Kaarli_(Someru)_vallavalitsus, lk 9
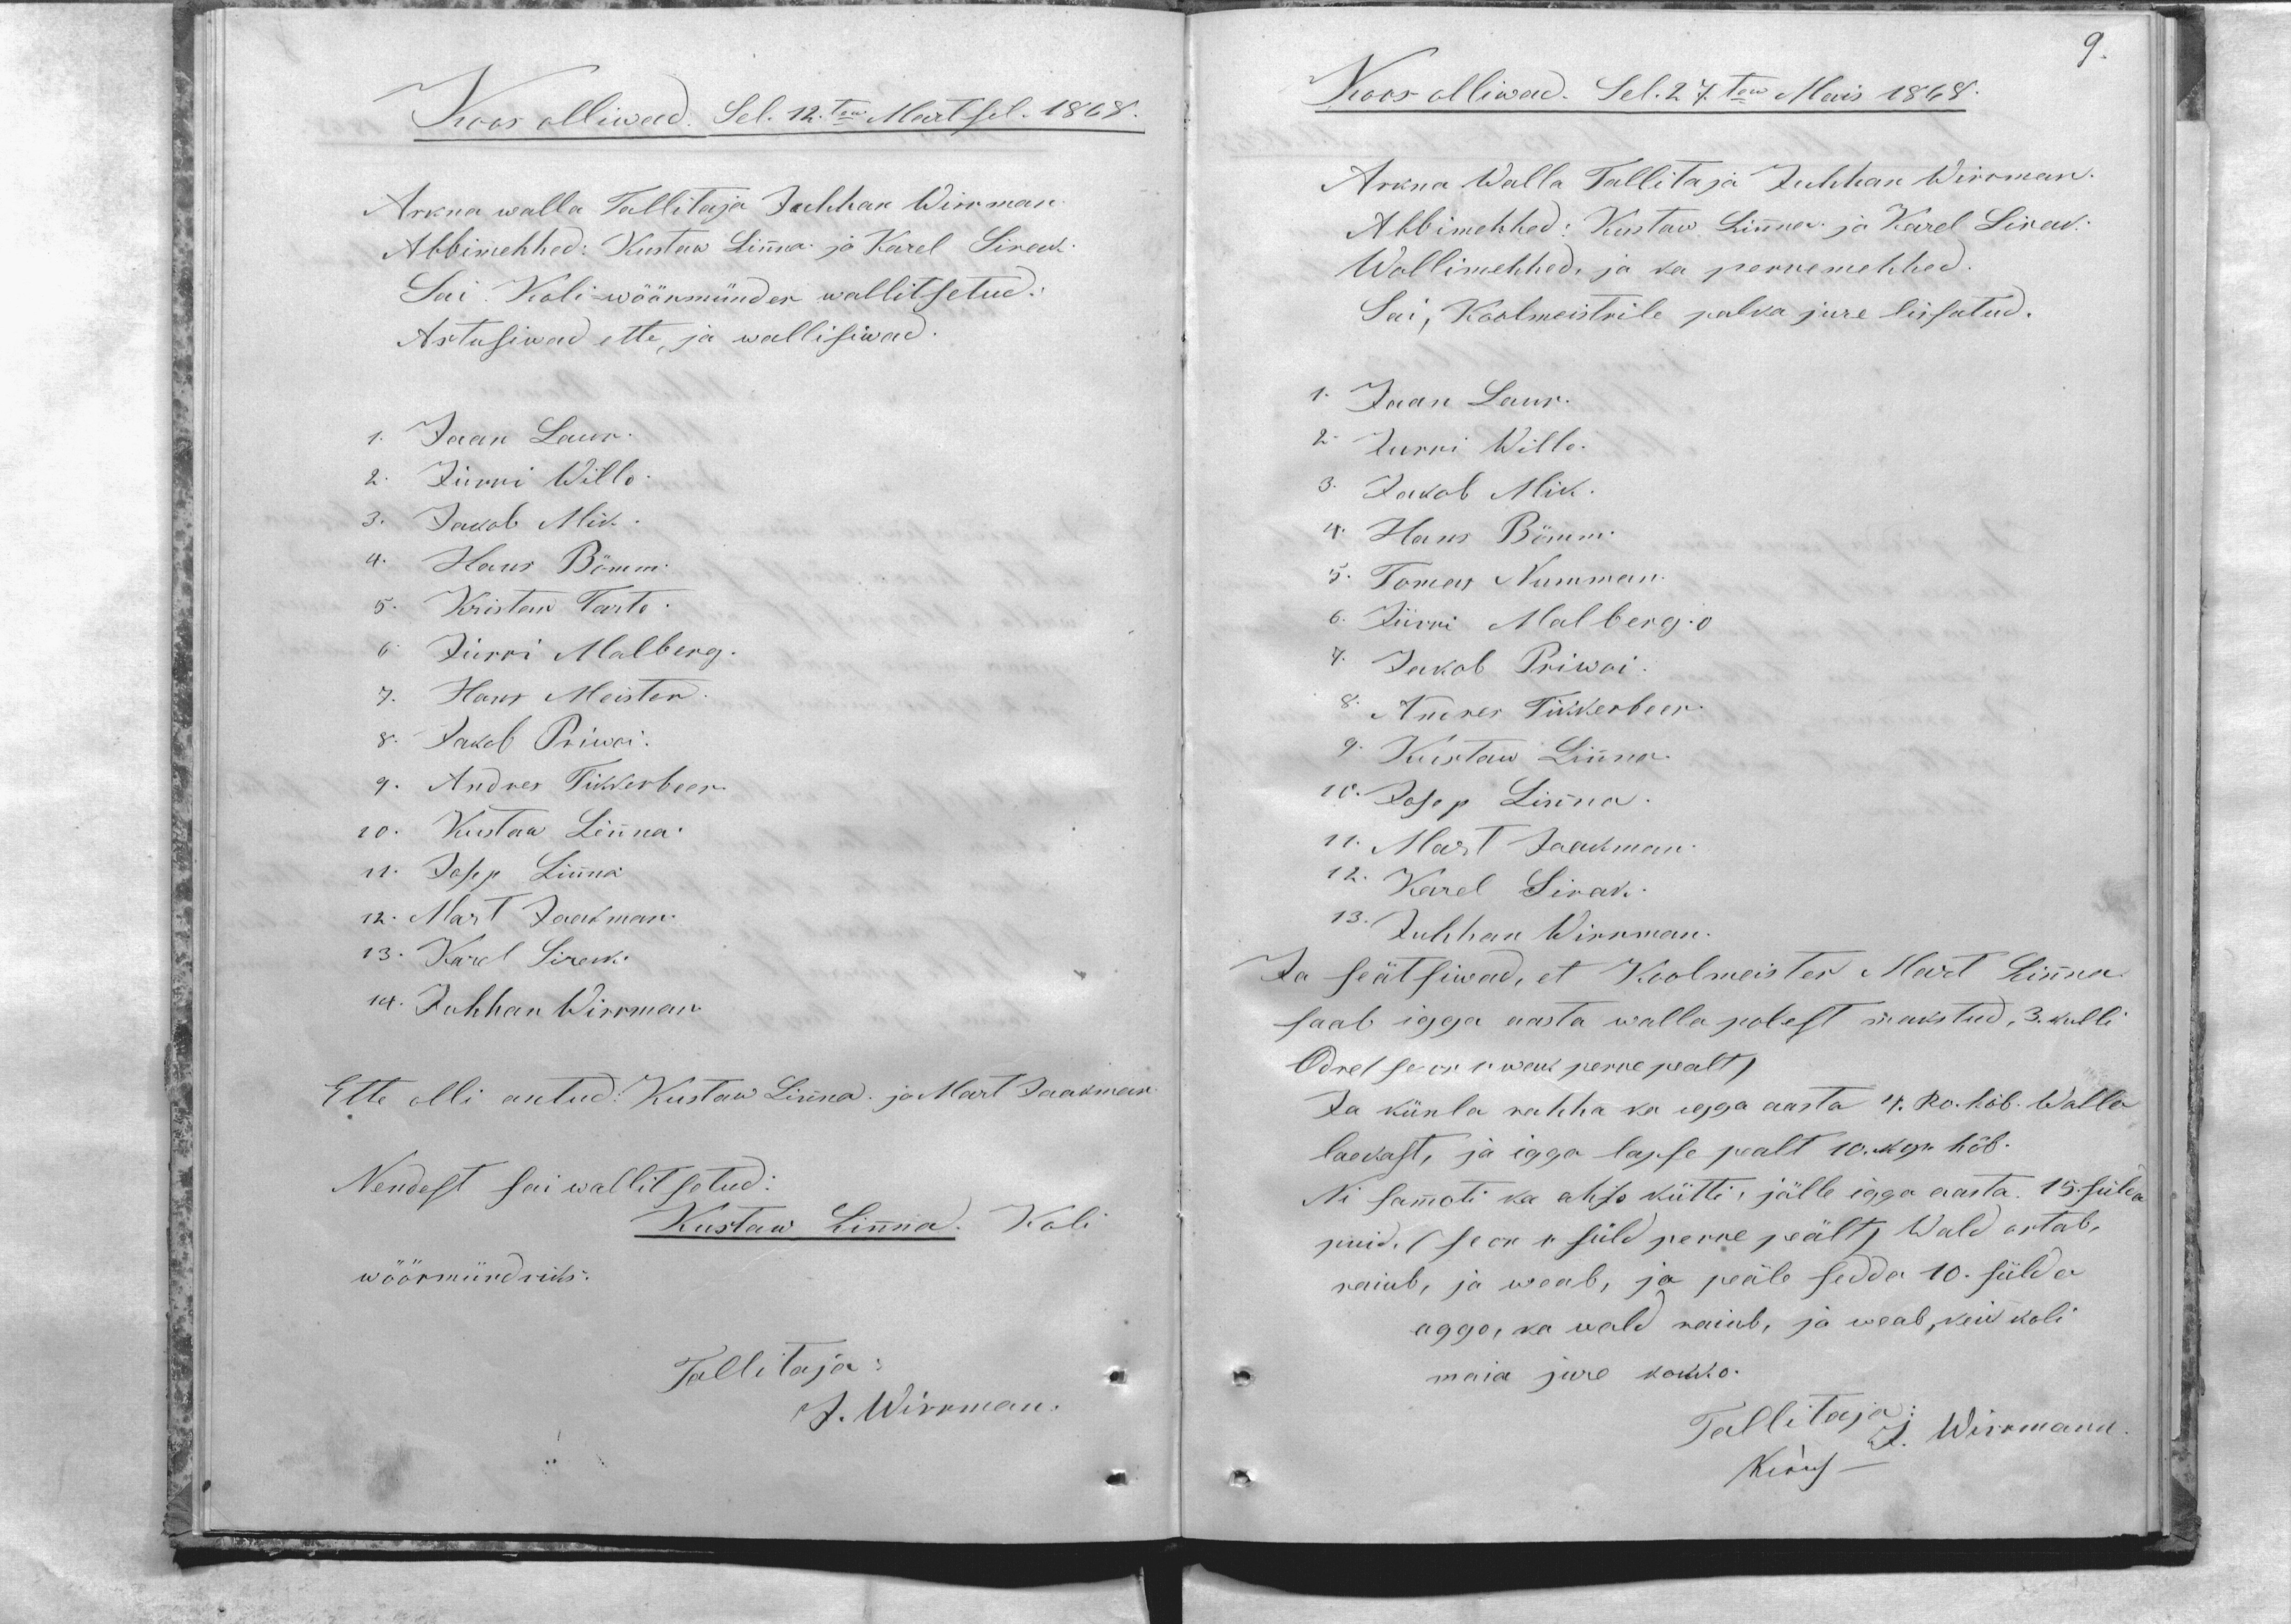
9.

Koos olliwad. Sel. 12.ten Martsil. 1868.
Arkna walla Tallitaja Juhhan Wirrman.
Abbimehhed: Kustaw Linna ja Karel Sirak
Sai Koli-wöörmünder wallitsetud:
Astusiwad ette, ja wallisiwad.
1. Jaan Laur.
2. Jürri Willo.
3. Jakob Mik.
4. Hans Bömm.
5. Kristan Tarto.
6. Jürri Malberg.
7. Hans Meister.
8. Jakob Priwoi.
9. Andres Tikkerbeer.
10. Kustaw Linna.
11. Josep Linna.
12. Mart Jaakman.
13. Karel Sirak.
14. Juhhan Wirrman.
Ette olli antud: Kustaw Linna. ja Mart Jaakman
Nendest sai wallitsetud:
Kustaw Linna. Koli
wöörmündriks.
Tallitaja
J. Wirrman.

Koos olliwad. Sel. 27.ten Mais 1868.
Arkna Walla Tallitaja Juhhan Wirrman.
Abbimehhed: Kustaw Linna ja Karel Sirak
Wollimehhed, ja ka perremehhed.
Sai, Koolmeistrile palka jure lissatud.
1. Jaan Laur.
2. Jurri Willo.
3. Jakob Mik.
4. Hans Bömm.
5. Tomas Numman.
6. Jürri Malberg. o
7. Jakob Priwoi.
8. Andres Tikkerbeer.
9. Kustaw Linna.
10. Josep Linna.
11. Mart Jaakman.
12. Karel Sirak.
13. Juhhan Wirrman.
Ja seätsiwad, et Koolmeister Mart Linna
saab igga aasta walla polest makstud, 3. kulli
Odre (se on 1: wak perre pealt)
Ja künla rahha ka egga aasta 4. Ro. hõb. Walla
laekast, ja igga lapse pealt 10. kop. hõb.
Ni sammoti ka ahjo kütti, jälle igga aasta 15. sülda
puid. (se on 1 süld perre peält) Wald ostab,
raiub, ja weab, ja peäle sedda 10. sülda
aggo, ka wald raiub, ja weab, kui koli
maia jure kokko.
Tallitaja J. Wirrmann